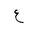
Letter: _ayn